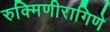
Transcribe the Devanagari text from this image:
रुक्मिणीरागिणे